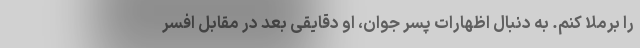
را برملا کنم. به دنبال اظهارات پسر جوان، او دقایقی بعد در مقابل افسر